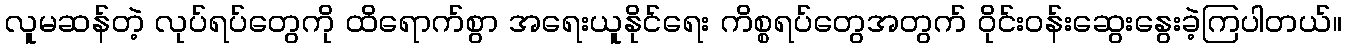
လူမဆန်တဲ့ လုပ်ရပ်တွေကို ထိရောက်စွာ အရေးယူနိုင်ရေး ကိစ္စရပ်တွေအတွက် ဝိုင်းဝန်းဆွေးနွေးခဲ့ကြပါတယ်။